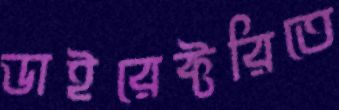
ডাইরেক্টরিতে